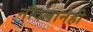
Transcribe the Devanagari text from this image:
नौदलानेही